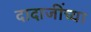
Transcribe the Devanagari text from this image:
दादाजींच्या